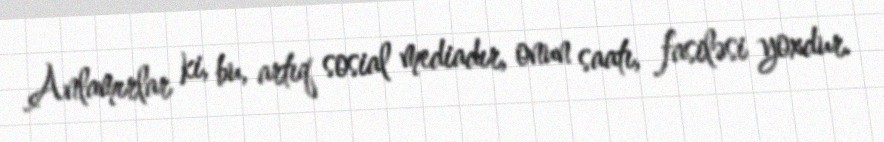
Anlamırlar ki, bu, artıq sosial mediadır, onun saatı, fasiləsi yoxdur.